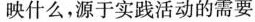
映什么，源于实践活动的需要